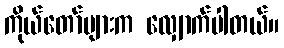
ကိုယ်တော်များက လျှောက်ပါတယ်။